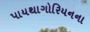
પાયથાગોરિયનના